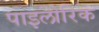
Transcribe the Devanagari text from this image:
पाइलोरिक